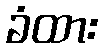
ခံထား